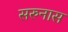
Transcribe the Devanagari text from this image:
सरुनास